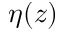
\eta ( z )